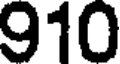
910